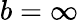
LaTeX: b=\infty